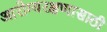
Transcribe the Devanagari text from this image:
आरोग्यरक्षणासाठी